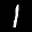
Label: 1